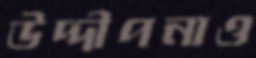
উদ্দীপনাও